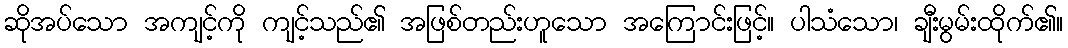
ဆိုအပ်သော အကျင့်ကို ကျင့်သည်၏ အဖြစ်တည်းဟူသော အကြောင်းဖြင့်။ ပါသံသော၊ ချီးမွမ်းထိုက်၏။